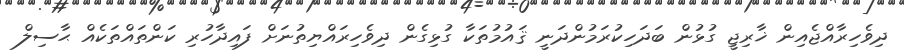
ދިވެހިރާއްޖެއިން ޚާރިޖީ ގުޅުން ބަދަހިކުރަމުންދަނީ ޤައުމުތަކާ ގުޅިގެން ދިވެހިރައްޔިތުނަށް ފައިދާހުރި ކަންތައްތަކެއް ޙާސިލް